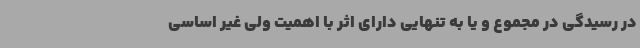
در رسیدگی در مجموع و یا به تنهایی دارای اثر با اهمیت ولی غیر اساسی